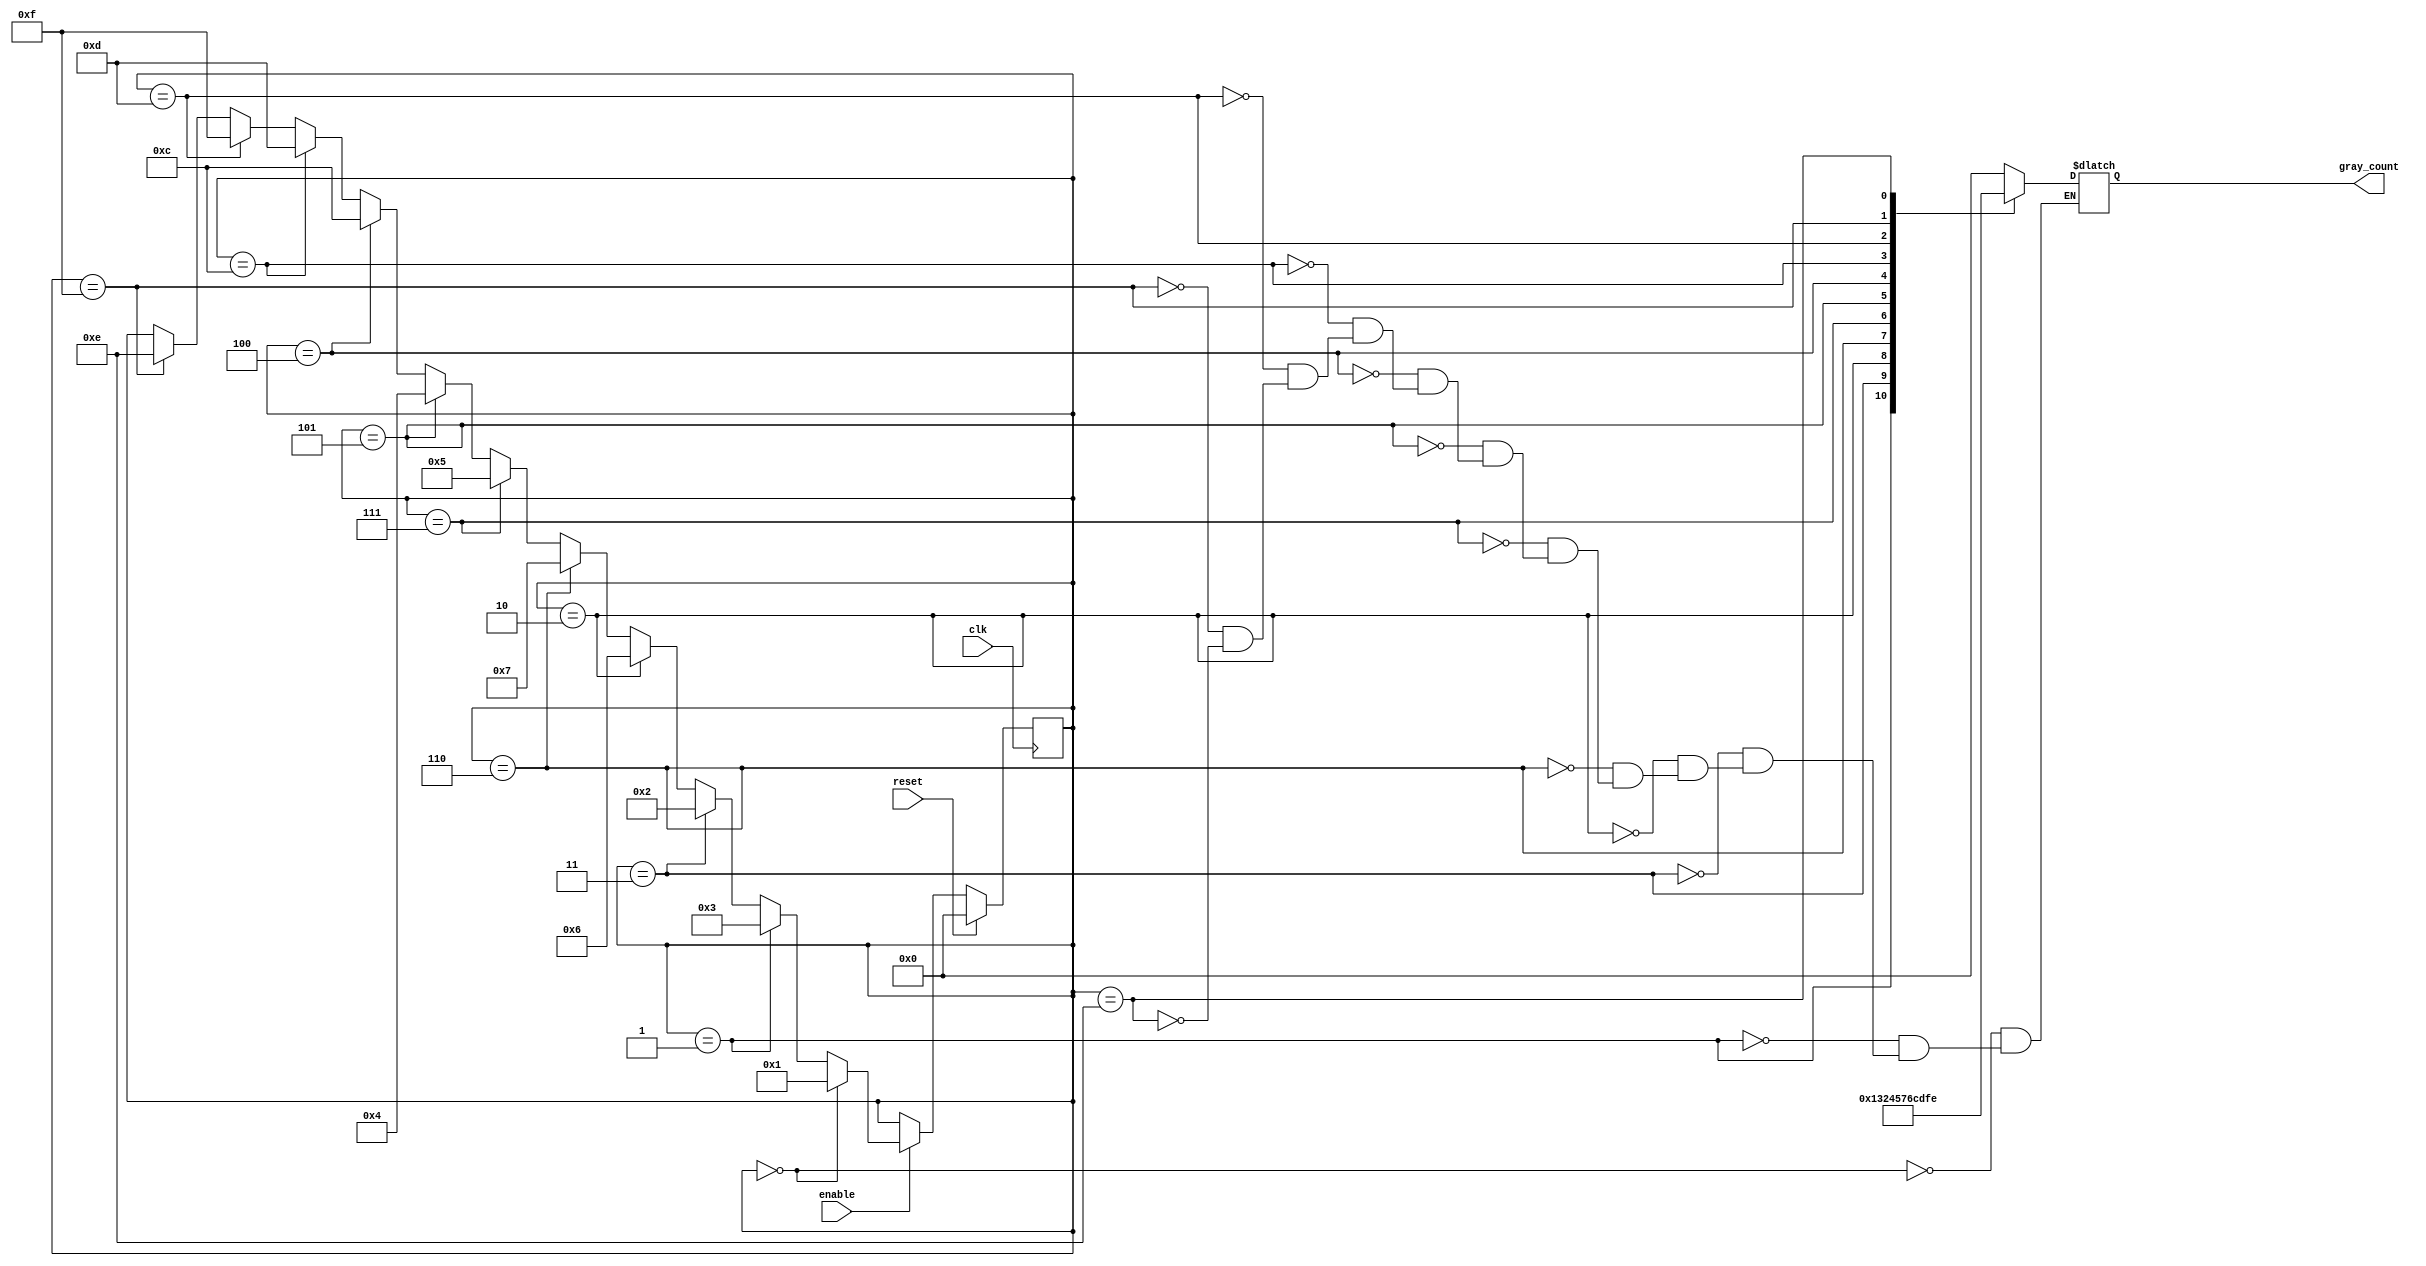
module gray_code_counter (
    input wire clk,
    input wire reset,
    input wire enable,
    output reg [3:0] gray_count
);

reg [3:0] binary_count;

always @(posedge clk) begin
    if (reset) begin
        binary_count <= 4'b0000;
    end else if (enable) begin
        if (binary_count == 4'b0000) begin
            binary_count <= 4'b0001;
        end else if (binary_count == 4'b0001) begin
            binary_count <= 4'b0011;
        end else if (binary_count == 4'b0011) begin
            binary_count <= 4'b0010;
        end else if (binary_count == 4'b0010) begin
            binary_count <= 4'b0110;
        end else if (binary_count == 4'b0110) begin
            binary_count <= 4'b0111;
        end else if (binary_count == 4'b0111) begin
            binary_count <= 4'b0101;
        end else if (binary_count == 4'b0101) begin
            binary_count <= 4'b0100;
        end else if (binary_count == 4'b0100) begin
            binary_count <= 4'b1100;
        end else if (binary_count == 4'b1100) begin
            binary_count <= 4'b1101;
        end else if (binary_count == 4'b1101) begin
            binary_count <= 4'b1111;
        end else if (binary_count == 4'b1111) begin
            binary_count <= 4'b1110;
        end else begin
            binary_count <= binary_count;
        end
    end
end

always @(*) begin
    case (binary_count)
        4'b0000: gray_count = 4'b0000;
        4'b0001: gray_count = 4'b0001;
        4'b0011: gray_count = 4'b0011;
        4'b0010: gray_count = 4'b0010;
        4'b0110: gray_count = 4'b0100;
        4'b0111: gray_count = 4'b0101;
        4'b0101: gray_count = 4'b0111;
        4'b0100: gray_count = 4'b0110;
        4'b1100: gray_count = 4'b1100;
        4'b1101: gray_count = 4'b1101;
        4'b1111: gray_count = 4'b1111;
        4'b1110: gray_count = 4'b1110;
    endcase
end

endmodule